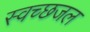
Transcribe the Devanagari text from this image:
स्वच्छजल